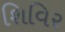
શિવિર